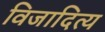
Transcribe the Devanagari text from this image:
विजादित्य